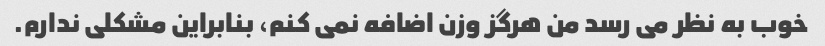
خوب به نظر می رسد من هرگز وزن اضافه نمی کنم، بنابراین مشکلی ندارم.